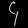
Digit: ၄